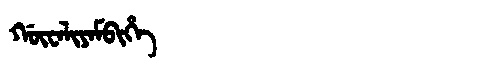
Manchu: ᡤᡡᠸᠠᠯᡳᠶᠠᠮᠪᡳᡥᡝ
Romanization: GŪWALIYAMBIHE